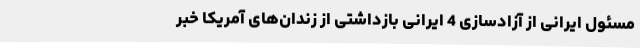
مسئول ایرانی از آزادسازی 4 ایرانی بازداشتی از زندان‌های آمریکا خبر